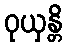
ဝုယှန္တိ